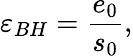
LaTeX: \varepsilon_{BH}=\frac{e_{0}}{s_{0}},